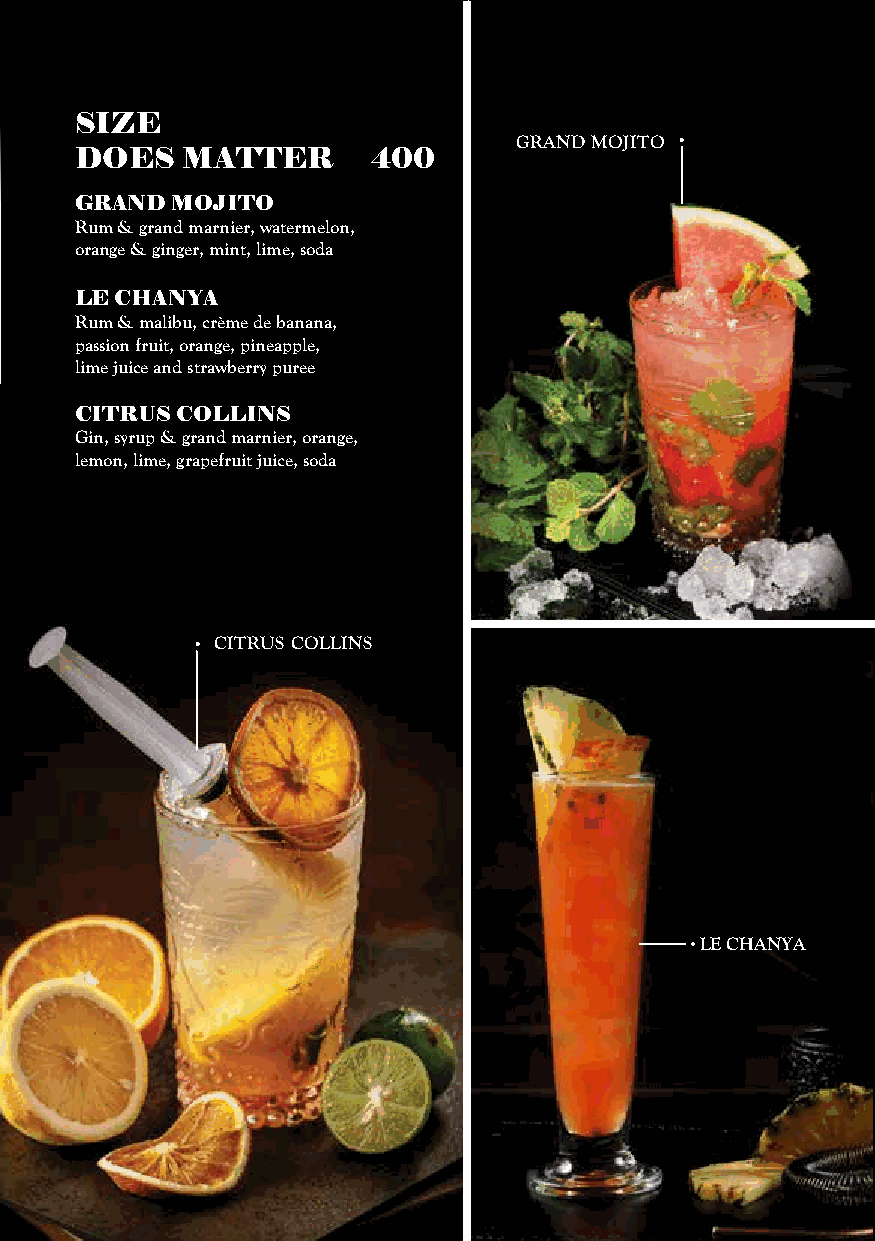
SIZE
 GRAND MOJITO
 DOES   MATTER       400
 GRAND MOJITO
 Rum & grand marnier, watermelon,
 orange & ginger, mint, lime, soda
 LE CHANYA
 Rum & malibu, crème de banana,
 passion fruit, orange, pineapple,
 lime juice and strawberry puree
 CITRUS COLLINS
 Gin, syrup & grand marnier, orange,
 lemon, lime, grapefruit juice, soda
 CITRUS COLLINS
 LE CHANYA